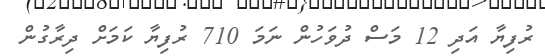
ރުފިޔާ އަދި 12 މަސް ދުވަހުން ނަމަ 710 ރުފިޔާ ކަމަށް ދިރާގުން